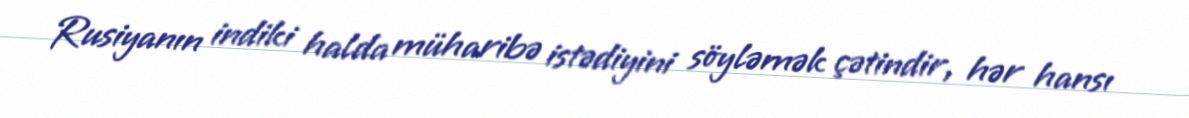
Rusiyanın indiki halda müharibə istədiyini söyləmək çətindir, hər hansı